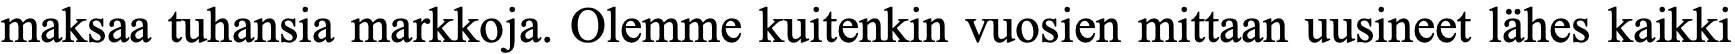
maksaa tuhansia markkoja. Olemme kuitenkin vuosien mittaan uusineet lähes kaikki